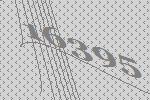
16395